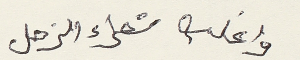
واغلب شعراء الزجل